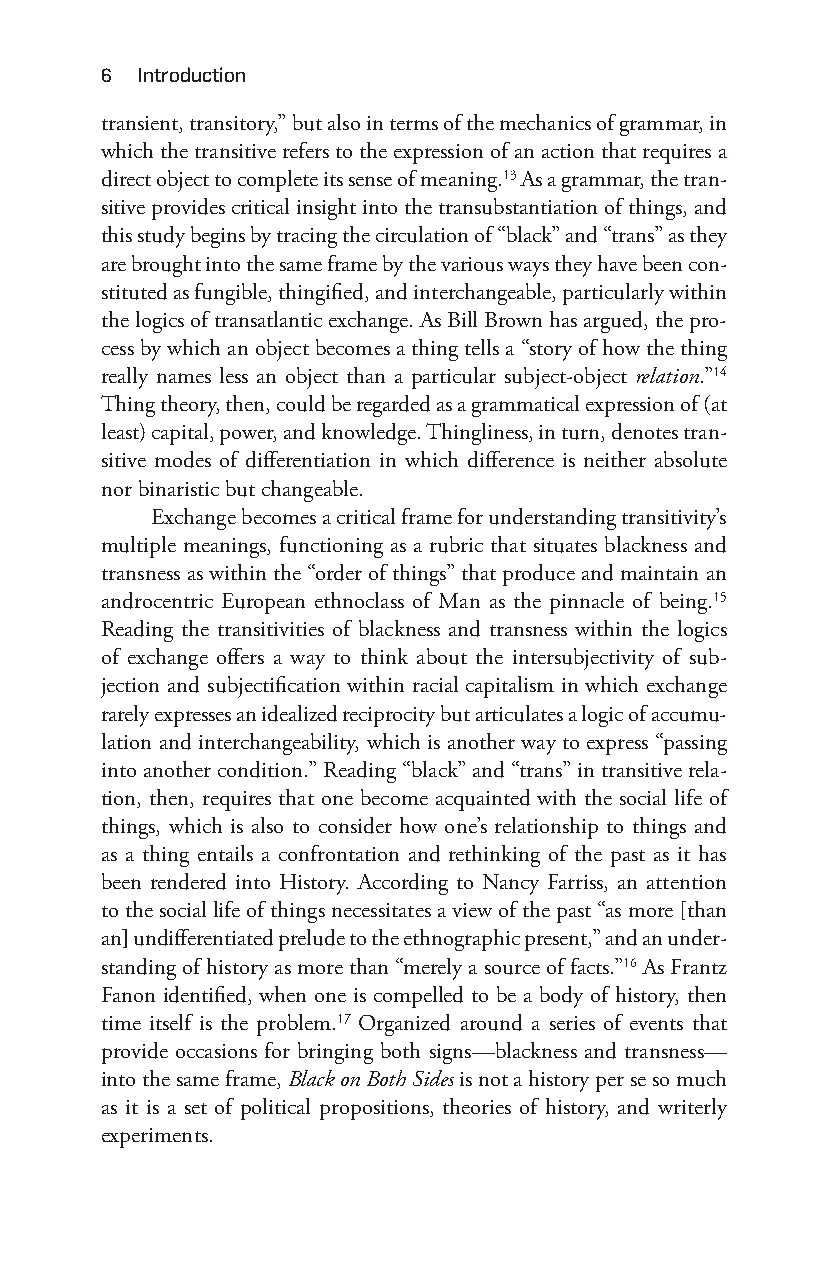
6  introduction
 transient, transitory,” but also in terms of the mechanics of grammar, in
 which the transitive refers to the expression of an action that requires a
 direct object to complete its sense of meaning.13 As a grammar, the tran-
 sitive provides critical insight into the transubstantiation of things, and
 this study begins by tracing the circulation of “black” and “trans” as they
 are brought into the same frame by the various ways they have been con-
 stituted as fungible, thingified, and interchangeable, particularly within
 the logics of transatlantic exchange. As Bill Brown has argued, the pro-
 cess by which an object becomes a thing tells a “story of how the thing
 really names less an object than a particular subject-o bject relation.”14
 Thing theory, then, could be regarded as a grammatical expression of (at
 least) capital, power, and knowledge. Thingliness, in turn, denotes tran-
 sitive modes of differentiation in which difference is neither absolute
 nor binaristic but changeable.
 Exchange becomes a critical frame for understanding transitivity’s
 multiple meanings, functioning as a rubric that situates blackness and
 transness as within the “order of things” that produce and maintain an
 androcentric European ethnoclass of Man as the pinnacle of being.15
 Reading the transitivities of blackness and transness within the logics
 of exchange offers a way to think about the intersubjectivity of sub-
 jection and subjectification within racial capitalism in which exchange
 rarely expresses an idealized reciprocity but articulates a logic of accumu-
 lation and interchangeability, which is another way to express “passing
 into another condition.” Reading “black” and “trans” in transitive rela-
 tion, then, requires that one become acquainted with the social life of
 things, which is also to consider how one’s relationship to things and
 as a thing entails a confrontation and rethinking of the past as it has
 been rendered into History. According to Nancy Farriss, an attention
 to the social life of things necessitates a view of the past “as more [than
 an] undifferentiated prelude to the ethnographic present,” and an under-
 standing of history as more than “merely a source of facts.”16 As Frantz
 Fanon identified, when one is compelled to be a body of history, then
 time itself is the problem.17 Organized around a series of events that
 provide occasions for bringing both signs— blackness and transness—
 into the same frame, Black on Both Sides is not a history per se so much
 as it is a set of political propositions, theories of history, and writerly
 experiments.
 Snorton.indd 6                              29/09/2017 8:40:56 AM